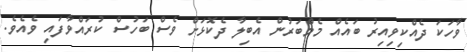
ވާހަކަ ދެއްކިވިއިރު ބައެއް މެމްބަރުން އެބިލާ ދެކޮޅަށް ވެސް ބަހުސް ކުރައްވާފައި ވެއެވެ.